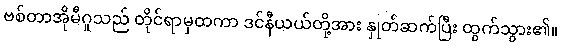
ဗစ်တာအိုမီဂူသည် တိုင်ရာမှထကာ ဒင်နီယယ်တို့အား နှုတ်ဆက်ပြီး ထွက်သွား၏။